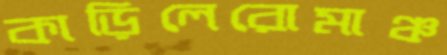
কাড়িলেরোমাঞ্চ